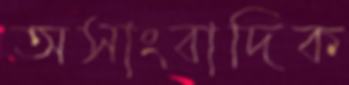
অসাংবাদিক